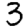
Digit: 3